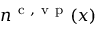
n ^ { \ensuremath { \mathrm { ~ c ~ } } , \ensuremath { \mathrm { ~ v ~ p ~ } } } ( x )